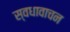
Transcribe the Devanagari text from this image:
स्वधावाचन